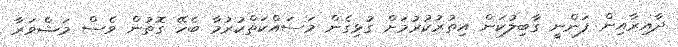
ދާއިރާއިން ފަންނީ ގާބިލުކަން އިތުރުކުރުމަށް ގުޅިގެން މަސައްކަތްކުރުމާ ބެހޭ ގޮތުން ވެސް މަޝްވަރާ